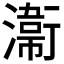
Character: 𭲸